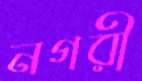
নগরী